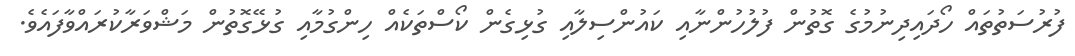
ފުރުސަތުތައް ހޯދައިދިނުމުގެ ގޮތުން ފުލުހުންނާއި ކައުންސިލާއި ގުޅިގެން ކޯސްތަކެއް ހިންގުމާއި ގުޅޭގޮތުން މަޝްވަރާކުރައްވާފައެވެ.